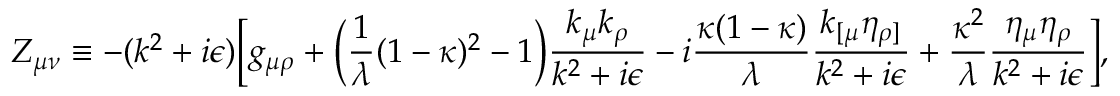
Z _ { \mu \nu } \equiv - ( k ^ { 2 } + i \epsilon ) \biggl [ g _ { \mu \rho } + \biggl ( { \frac { 1 } { \lambda } } ( 1 - \kappa ) ^ { 2 } - 1 \biggr ) { \frac { k _ { \mu } k _ { \rho } } { k ^ { 2 } + i \epsilon } } - i { \frac { \kappa ( 1 - \kappa ) } { \lambda } } { \frac { k _ { [ \mu } \eta _ { \rho ] } } { k ^ { 2 } + i \epsilon } } + { \frac { \kappa ^ { 2 } } { \lambda } } { \frac { \eta _ { \mu } \eta _ { \rho } } { k ^ { 2 } + i \epsilon } } \biggr ] ,